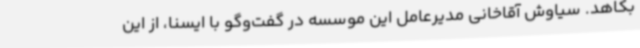
بکاهد. سیاوش آقاخانی مدیرعامل این موسسه در گفت‌وگو با ایسنا، از این